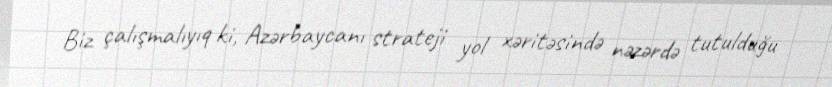
Biz çalışmalıyıq ki, Azərbaycanı strateji yol xəritəsində nəzərdə tutulduğu